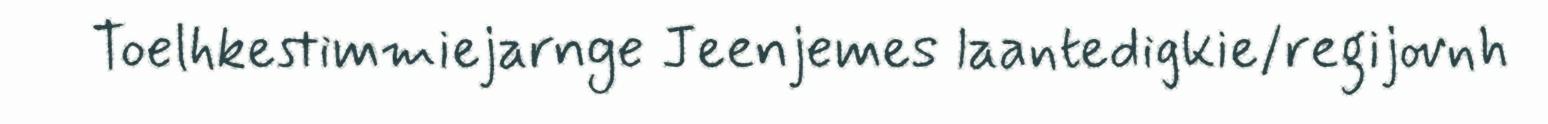
Toelhkestimmiejarnge Jeenjemes laantedigkie/regijovnh